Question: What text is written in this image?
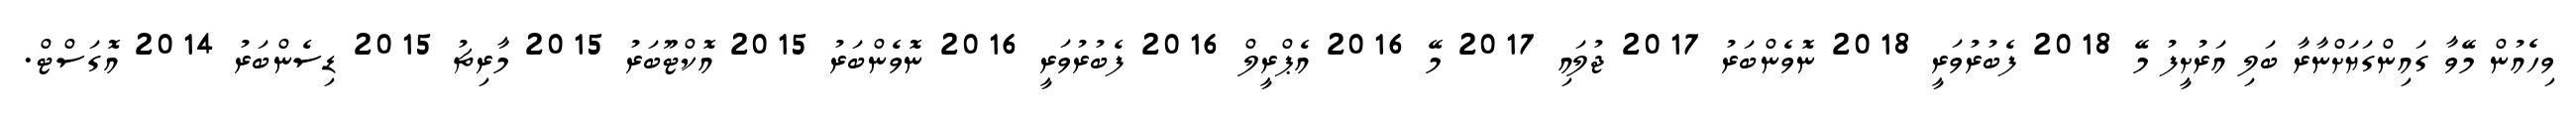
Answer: ވިހެއުން މޭވާ ގައިންގަޔަށްނާރާ ބަލި އަރުށީފު މޭ 2018 ފެބުރުވަރީ 2018 ނޮވެންބަރު 2017 ޖުލައި 2017 މޭ 2016 އެޕްރީލް 2016 ފެބުރުވަރީ 2016 ނޮވެންބަރު 2015 އޮކްޓޫބަރު 2015 މާރިޗު 2015 ޑިސެންބަރު 2014 އޮގަސްޓް.